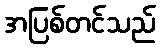
အပြစ်တင်သည်